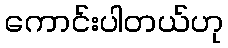
ကောင်းပါတယ်ဟု